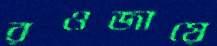
রওজায়ে